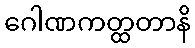
ဂေါဏကတ္ထတာနိ